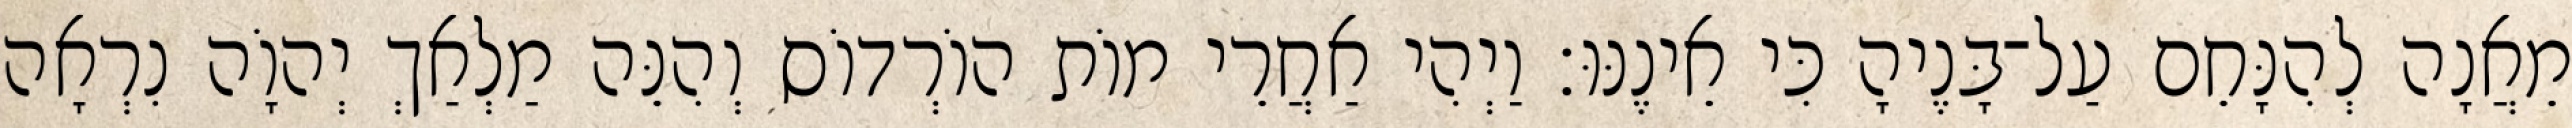
מֵאֲנָה לְהִנָּחֵם עַל־בָּנֶיהָ כִּי אֵינֶנּוּ׃ וַיְהִי אַחֲרֵי מוֹת הוֹרְדוֹס וְהִנֵּה מַלְאַךְ יְהוָֹה נִרְאָה